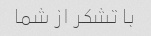
با تشکر از شما